画像に写った文字を読んでください
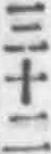
「三十二」と書いてあります